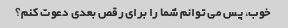
خوب، پس می توانم شما را برای رقص بعدی دعوت کنم؟